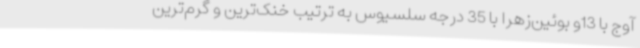
آوج با 13و بوئین‌زهرا با 35 درجه سلسیوس به ترتیب خنک‌ترین و گرم‌ترین